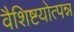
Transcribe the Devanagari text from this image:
वैशिष्टयोत्पन्न